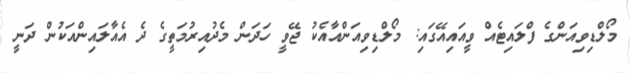
މޯލްޑިވިއަންގެ ފްލައިޓެއް ވީއައިއޭގައި: މޯލްޑިވިއަންއާއެކު ޖޭވީ ހަދަން މެދުއިރުމަތީގެ ދެ އެއާލައިންއަކުން ދަނީ